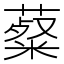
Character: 薒